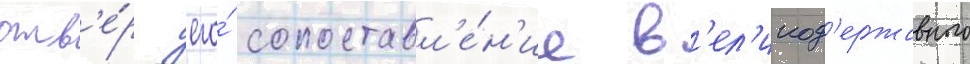
отв'е́рг его́ сопоставл'е́н'ие в'ел'икод'ержавного